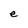
Character: e